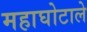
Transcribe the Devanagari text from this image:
महाघोटाले